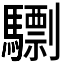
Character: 𩦠